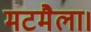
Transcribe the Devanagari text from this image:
मटमैला।